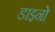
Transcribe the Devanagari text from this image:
डाइनो